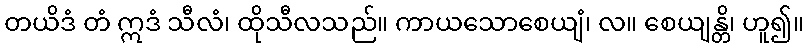
တယိဒံ တံ ဣဒံ သီလံ၊ ထိုသီလသည်။ ကာယသောစေယျံ၊ လ။ စေယျန္တိ၊ ဟူ၍။